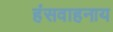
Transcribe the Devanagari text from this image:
हंसवाहनाय